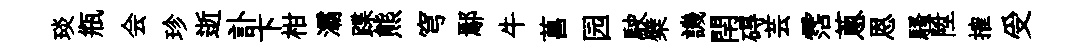
琰瓶会珍逝訃卞柑灞蹀熊穹鄢牛菖园駛檗譏閈碍芸霑蔥恩騷陞搉受